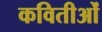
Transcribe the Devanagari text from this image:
कवितीओं